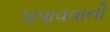
ધપાવવાની